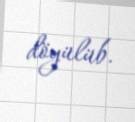
döyülüb.